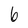
Character: 6